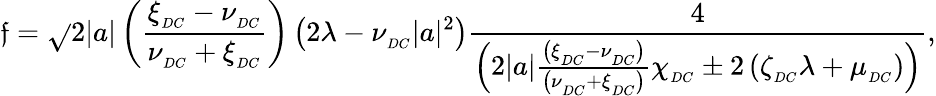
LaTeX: \mathfrak{f}=\sqrt{}{{2|a|\left(\frac{{\xi_{_{DC}}-\nu_{_{DC}}}}{{\nu_{_{DC}}+\xi_{_{DC}}}}\right)\left(2\lambda-\nu_{_{DC}}|a|^{2}\right)\frac{{4}}{{\left(2|a|\frac{{\left(\xi_{_{DC}}-\nu_{_{DC}}\right)}}{{\left(\nu_{_{DC}}+\xi_{_{DC}}\right)}}\chi_{_{DC}}\pm2\left(\zeta_{_{DC}}\lambda+\mu_{_{DC}}\right)\right)}}}},